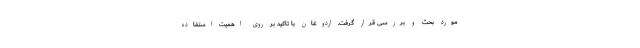
مورد بحث و بررسی قرار گرفت. اردوغان با تاکید بر روی اهمیت استفاده